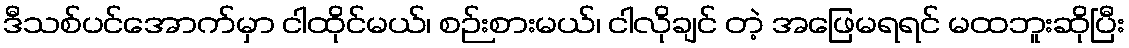
ဒီသစ်ပင်အောက်မှာ ငါထိုင်မယ်၊ စဉ်းစားမယ်၊ ငါလိုချင် တဲ့ အဖြေမရရင် မထဘူးဆိုပြီး